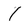
Character: 1